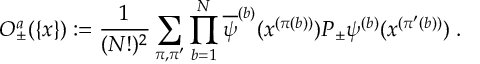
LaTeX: { \cal O } _ { \pm } ^ { a } ( \{ x \} ) : = \frac { 1 } { ( N ! ) ^ { 2 } } \sum _ { \pi , \pi ^ { \prime } } \prod _ { b = 1 } ^ { N } \overline { { { \psi } } } ^ { ( b ) } ( x ^ { ( \pi ( b ) ) } ) P _ { \pm } \psi ^ { ( b ) } ( x ^ { ( \pi ^ { \prime } ( b ) ) } ) \; .